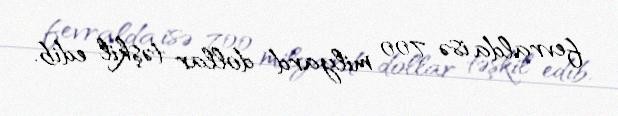
fevralda isə 700 milyard dollar təşkil edib.